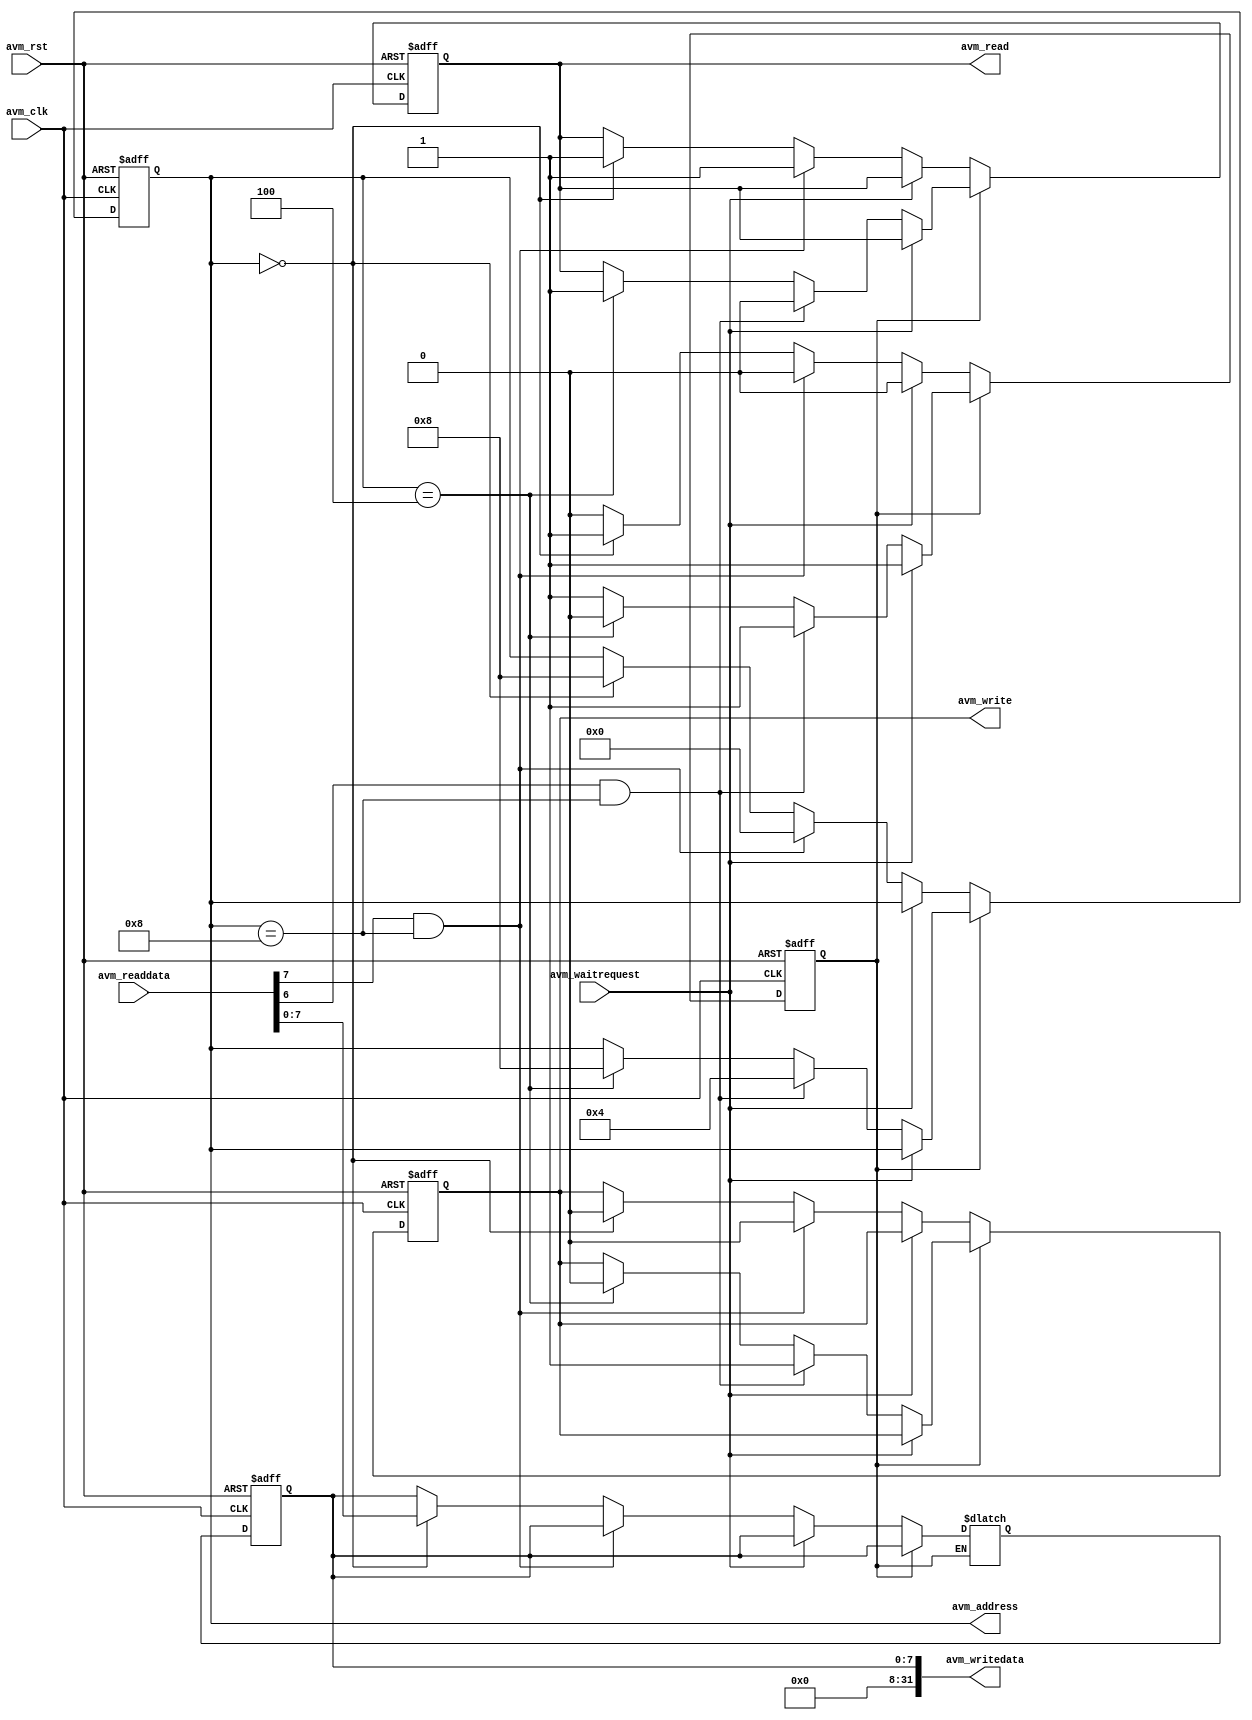
module RS232_test (
    avm_rst,
    avm_clk,
    avm_address,
    avm_read,
    avm_readdata,
    avm_write,
    avm_writedata,
    avm_waitrequest
);
input         avm_rst;
input         avm_clk;
output  [4:0] avm_address;
output        avm_read;
input  [31:0] avm_readdata;
output        avm_write;
output [31:0] avm_writedata;
input         avm_waitrequest;

localparam RX_BASE     = 0*4;
localparam TX_BASE     = 1*4;
localparam STATUS_BASE = 2*4;
localparam TX_OK_BIT   = 6;
localparam RX_OK_BIT   = 7;


localparam S_GET_DATA = 1'b0;
localparam S_SEND_DATA = 1'b1;

reg [7:0] readdata_r, readdata_w;
// reg [7:0] writedata_r, writedata_w;
reg state_r, state_w;

reg [4:0] avm_address_r, avm_address_w;
reg avm_read_r, avm_read_w, avm_write_r, avm_write_w;

assign avm_address = avm_address_r;
assign avm_read = avm_read_r;
assign avm_write = avm_write_r;
assign avm_writedata = readdata_r[7:0];

always @(*) begin
    if (state_r == S_GET_DATA) begin
        avm_read_w = 1;
        avm_write_w = 0;
        if (!avm_waitrequest) begin
            if (avm_readdata[RX_OK_BIT] && (avm_address_r == STATUS_BASE))
            begin
                state_w = state_r;
                avm_address_w = RX_BASE;
                readdata_w = readdata_r;
            end
            else if (avm_address_r == RX_BASE)
            begin
                state_w = S_SEND_DATA;
                avm_address_w = STATUS_BASE;
                readdata_w = avm_readdata[7:0];
            end
            else
            begin
                state_w = state_r;
                avm_address_w = avm_address_r;
                readdata_w = readdata_r;
                avm_read_w = avm_read_r;
                avm_write_w = avm_write_r;
            end
        end
        else begin
            state_w = state_r;
            avm_address_w = avm_address_r;
            readdata_w = readdata_r;
            avm_read_w = avm_read_r;
            avm_write_w = avm_write_r;
        end
    end
    else if (state_r == S_SEND_DATA) begin
        avm_read_w = 1;
        avm_write_w = 0;
        if (!avm_waitrequest) begin
            if (avm_readdata[TX_OK_BIT] && (avm_address_r == STATUS_BASE))
            begin
                state_w = state_r;
                avm_address_w = TX_BASE;
                avm_read_w = 0;
                avm_write_w = 1;
            end
            else if (avm_address_r == TX_BASE)
            begin
                state_w = S_GET_DATA;
                avm_address_w = STATUS_BASE;
                avm_read_w = 1;
                avm_write_w = 0;
            end
            else
            begin
                state_w = state_r;
                avm_address_w = avm_address_r;
                avm_read_w = avm_read_r;
                avm_write_w = avm_write_r;
            end
        end
        else begin
            state_w = state_r;
            avm_address_w = avm_address_r;
            avm_read_w = avm_read_r;
            avm_write_w = avm_write_r;
        end
    end
    else begin
        state_w = state_r;
        avm_read_w = avm_read_r;
        avm_write_w = avm_write_r;
        readdata_w = readdata_r;
        avm_address_w = avm_address_r;
    end
end


always @(posedge avm_clk or negedge avm_rst) begin
    if (!avm_rst) begin
        state_r <= S_GET_DATA;
        avm_read_r <= 1'b1;
        avm_write_r <= 1'b0;
        readdata_r <= 8'b0;
        avm_address_r <= STATUS_BASE;
    end
    else begin
        state_r <= state_w;
        avm_read_r <= avm_read_w;
        avm_write_r <= avm_write_w;
        readdata_r <= readdata_w;
        avm_address_r <= avm_address_w;
    end
end
endmodule